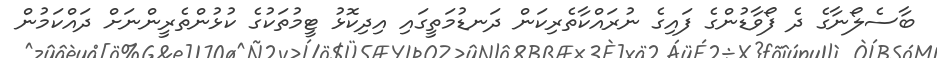
ބާސެލޯނާގެ ދެ ފޯވާޑުންގެ ފައިގެ ނުރައްކާތެރިކަން ދަނޑުމަތީގައި އިދިކޮޅު ޓީމުތަކުގެ ކުޅުންތެރީންނަށް ދައްކަމުން